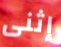
إثنى